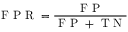
\mathrm { ~ F ~ P ~ R ~ } = \frac { \mathrm { ~ F ~ P ~ } } { \mathrm { ~ F ~ P ~ } + \mathrm { ~ T ~ N ~ } }